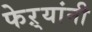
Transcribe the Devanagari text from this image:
फेऱ्यांनी